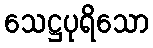
သေဋ္ဌပုရိသော